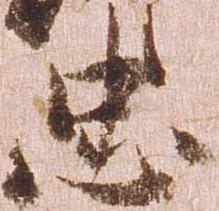
忠